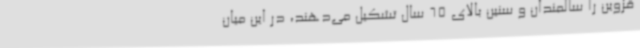
قزوین را سالمندان و سنین بالای 65 سال تشکیل می‌دهند، در این میان